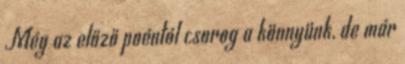
Még az előző poéntól csorog a könnyünk, de már